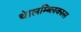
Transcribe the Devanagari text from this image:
थे।लम्ब्लिकास